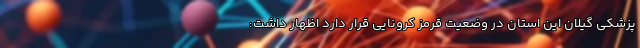
پزشکی گیلان این استان در وضعیت قرمز کرونایی قرار دارد اظهار داشت: